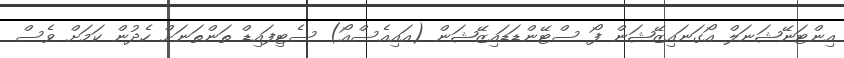
އިންޓަނޭޝަނަލް އޯގަނައިޒޭޝަން ފޯ ސްޓޭންޑަޑައިޒޭޝަން (އައިއެސްއޯ) ސެޓިފައިޑް ތަންތަނަށް ހެދުން ކަމަށް ވެސް